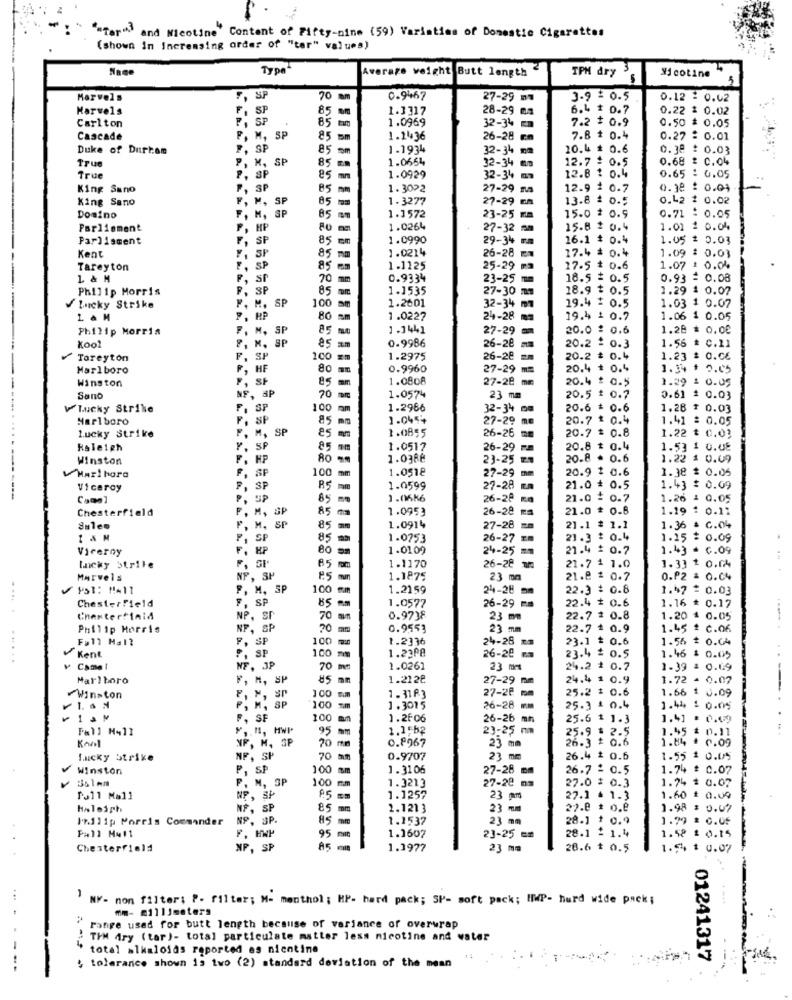
""Tar" and Meotime" Content of Fifty-nine (59) Variation of Domestic Cigarettes
(shown In Increasing order of "ter" values)
Type"
Average weight Butt length"
TPM dry
Nicotine
Marvels
SP
70
0-9467
27-29 mm
3.9 $ 0.5
0.12 : 0.62
Marvels
SP
5 mm
1.3317
28-29 04
6.4 $ 0.7
0.22 2 0.02
85
1.0969
7.2 $ 0.9
Carlton
32-34 E
0.50 $ 0.05
Cascade
M.
SP
85 mm
1.1436
26-28 cm
7.8 $ 0.4
0.27 : 0.01
Duke of Durtam
SP
85 9m
1.1934
32-34 mm
20.4 # 0.6
0.38 : 0.03
True
M, SP
SP
1.0664
12.7 : 0.5
0.68 # C.04
85 ==
1.0929
32-34 mm
True
SP
85 mm
32-34 m
12.8 1 0.4
0.65 : 0.05
King Sano
SP
85 mm
1 . 3022
27-29 na
12.9 1 0.7
0.38 : 0.04
King Sano
M, SP
85 -
1 - 3277
27-29 mm
13.8 : 0.5
0.42 2 0.02
1.1572
Domino
M. SF
85 49
23-25 mm
15.0 $ 0.9
0.71 : 0.05
Parliament
HP
1.0264
27-32 mm
15.8 $ 0.4
1.01 2 0.04
Parliament
SP
85
1.0990
29-34 rm
16.1 $ 0.4
1.05 1 0.03
Kent
1.0214
SP
85 m
26-28
17.4 = 0.4
1.09 : 0.01
Tareyton
S.P
85 mm
1.1125
25-29 ⑈3
27.5 * 0.6
1.07 : 0.04
1 & M
SP
70
0.9334
23-25 m
18.5 = 0.5
0.93 = 0.08
Philip Morris
SP
85 mm
1.1535
27-30
28.9 $ 0.5
1.29
0.07
M.
SP
100 m
1.2601
/lucky Strike
32-34 mm
19.4 2 0.5
1.03 1 0.07
L & M
PP
80
Sm
1.0227
24-28 mm
19.4 1 0.7
1.06 1 0.05
Philip Morris
4. SP
85 0
1.1441
27-29 mm
20.0 : 0.6
1.28 * 0.00
, SP
0-9986
1.56 ₺ C.11
Koo
26-28 mm
20.2 : 0.3
Toreyton
P
100 =
1.2975
26-28 =m
20.2 = 0.4
1.23 % 0.06
Marlboro
80 m
0.9960
27-29 m
20.4 + 0.4
1.34 $ 0.05
Winston
F, SF
1.0808
27-28 mm
20.4 : 0.5
1.29 1 0.09
20
am
Sano
NF, SP
1.0574
23 mm
20.5 : 0.7
0.61 $ 0.03
V'lucky Strike
F. SP
100
ram
1.2966
32-34 mm
20.6 + 0.6
1.28 $ 0.03
Marlboro
F. SP
85 mm
1.0454
27-29 mm
20.7 1 0.4
1.41 : 0.05
F. M. S
1.0855
20.7 = 0.8
lucky Strike
85 mm
26-26 mm
1.22 $ 0.03
Raleigh
SP
85 mm
1.0517
26-29 mm
20.8 $ 0.4
1.53 1 0.08
------------
Winston
HP
ÃO **
1.0386
23-25 .
20.8 - 0.6
1.22 1 0.09
SF
1.0518
20.9 1 0.6
1.38 $ 0.05
Harİ hora
100 mm
27-29 mm
Viceroy
SP
85 mm
1.0599
21.0 + 0.5
1.43 $ 0.09
---
85 mm
1.0686
26-28 mm
21.0 : 0.7
1.26 : 0.05
Chesterfield
M, SP
85 es
1.0953
21.0 $ 0.8
1.19 : 0.11
P.
SP
26-28 ma
M, SP
85 mm
1.0914
27-28 mm
21.1 : 1.1
1.36 = C.04
P.
SP
85 m
1.0753
26-27 zm
21.3 $ 0.4
1.15 = 0.09
Vicerny
F, HP
1.0109
21.4 = 0.7
1.43 = c.09
1.1170
lucky Strike
F, SI
65 mm
26-28 m
21.7 4 1.0
1.3] t o.fA
Marvels
NP, SP
15
1.1875
23 mm
21.8 = 0.7
0.P2 = 0.04
F, M, SP
SP
100
1.2159
24-28 mm
22.3 = 0.8
1.47 2 0.03
Chesterfield
F, SP
85 m
1.0577
22.4 # 0.6
26-29 mm
1.16 * 0.17
NP, SP
70 mm
0.9738
23 m
22.7 = 0.8
1.20 1 0.05
Philip Morris
NP.
SP
20 mm
0.9553
23 =m
22.7 + 0.9
1.45 # c.06
Fall Mal?
SP
100 m
1.2336
23.1 # 0.6
1.56 $ 0.04
100 mm
1.2308
24-28 mm
Kent
SP
26-28 -
23.4 $ 0.5
1.46
$ 0.05
v Camel
NF, JP
70
1.0261
23 mm
24.2 + 0.7
1.39 : 0.69
Marlboro
F, M, SP
85
1.2128
27-29 mm
24.4 1 0.9
1.72 - 0.07
27-28 mm
1.66 1 0.09
Winston
F, M, SP
100
-
25.2 $ 0.6
P, M, SP
SP
100 mm
1.3015
26-28 mm
25.3 1 0.4
1.44 : 0.05
F. SF
100
1.2606
26-26 mm
25.6 1 1.3
1.41 : 0.09
Fall H41l
95 mm
1.1552
23-25 mm
25.9 . 2.5
1.45 $ 0.11
Kanl
70 mm
0.8967
26-3 # 0.6
1.84 * 0.09
NF, M.
23 mm
Lucky Strike
NF, SP
70
0.9707
23 mm
26.4 $ 0.6
1.55 $ 0.05
Winston
P, SP
100 mm
1. 31 06
27-28 mm
26.7 2 0.5
1.74 $ 0.07
100
1.3213
27-28 mm
1.74
0.07
F, M, SP
27.0 $ 0.3
Pall Mall
NP, 5
1.1257
23 pm
27.1 . 1.3
1.60
+ 0.09
Haleigh
NF, SP
85 mm
2.1213
23 mm
22.0 * o.e
1.98 : 0.07
Philip Morris Commander
NP, SP.
85 mm
1.1537
23 mm
28.1 + 0.9
1.79 * C.OF
Fall Mu11
28.1 2 1.4
F. HWP
95 mm
1.1607
23-25 ==
1.58 : 0.15
Chesterfield
NP, SP
1.1977
23 mm
28.6 $ 0.5
1.5% $ 0.07
NY- non filter: P- filter; M- menthol ; HP- hard pack; SP- soft pack; IMP- hurd wide packs
mm- millimeters
Fange used for butt length because of variance of overwrap
TIM Ary (tar)- total particulate matter less nicotine and water
-
total alkaloids reported es nicotine
01241317
: tolerance shown 15 two (2) standard deviation of the mean